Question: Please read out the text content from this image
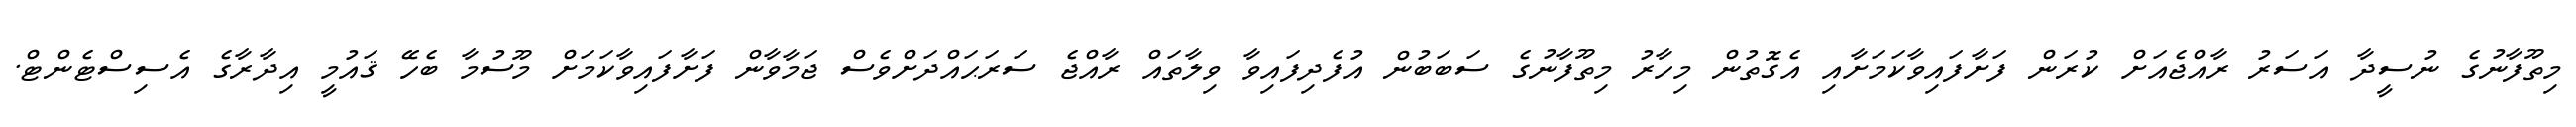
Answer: މިތޫފާނުގެ ނުސީދާ އަސަރު ރާއްޖެއަށް ކުރަން ފަށާފައިވާކަމަށާއި އެގޮތުން މިހާރު މިތޫފާނުގެ ސަބަބުން އުފެދިފައިވާ ވިލާތައް ރާއްޖެ ސަރަޙައްދަށްވެސް ޖަމާވާން ފަށާފައިވާކަމަށް މޫސުމާ ބެހޭ ޤައުމީ އިދާރާގެ އެސިސްޓެންޓް.